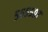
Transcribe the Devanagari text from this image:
५६५५०७